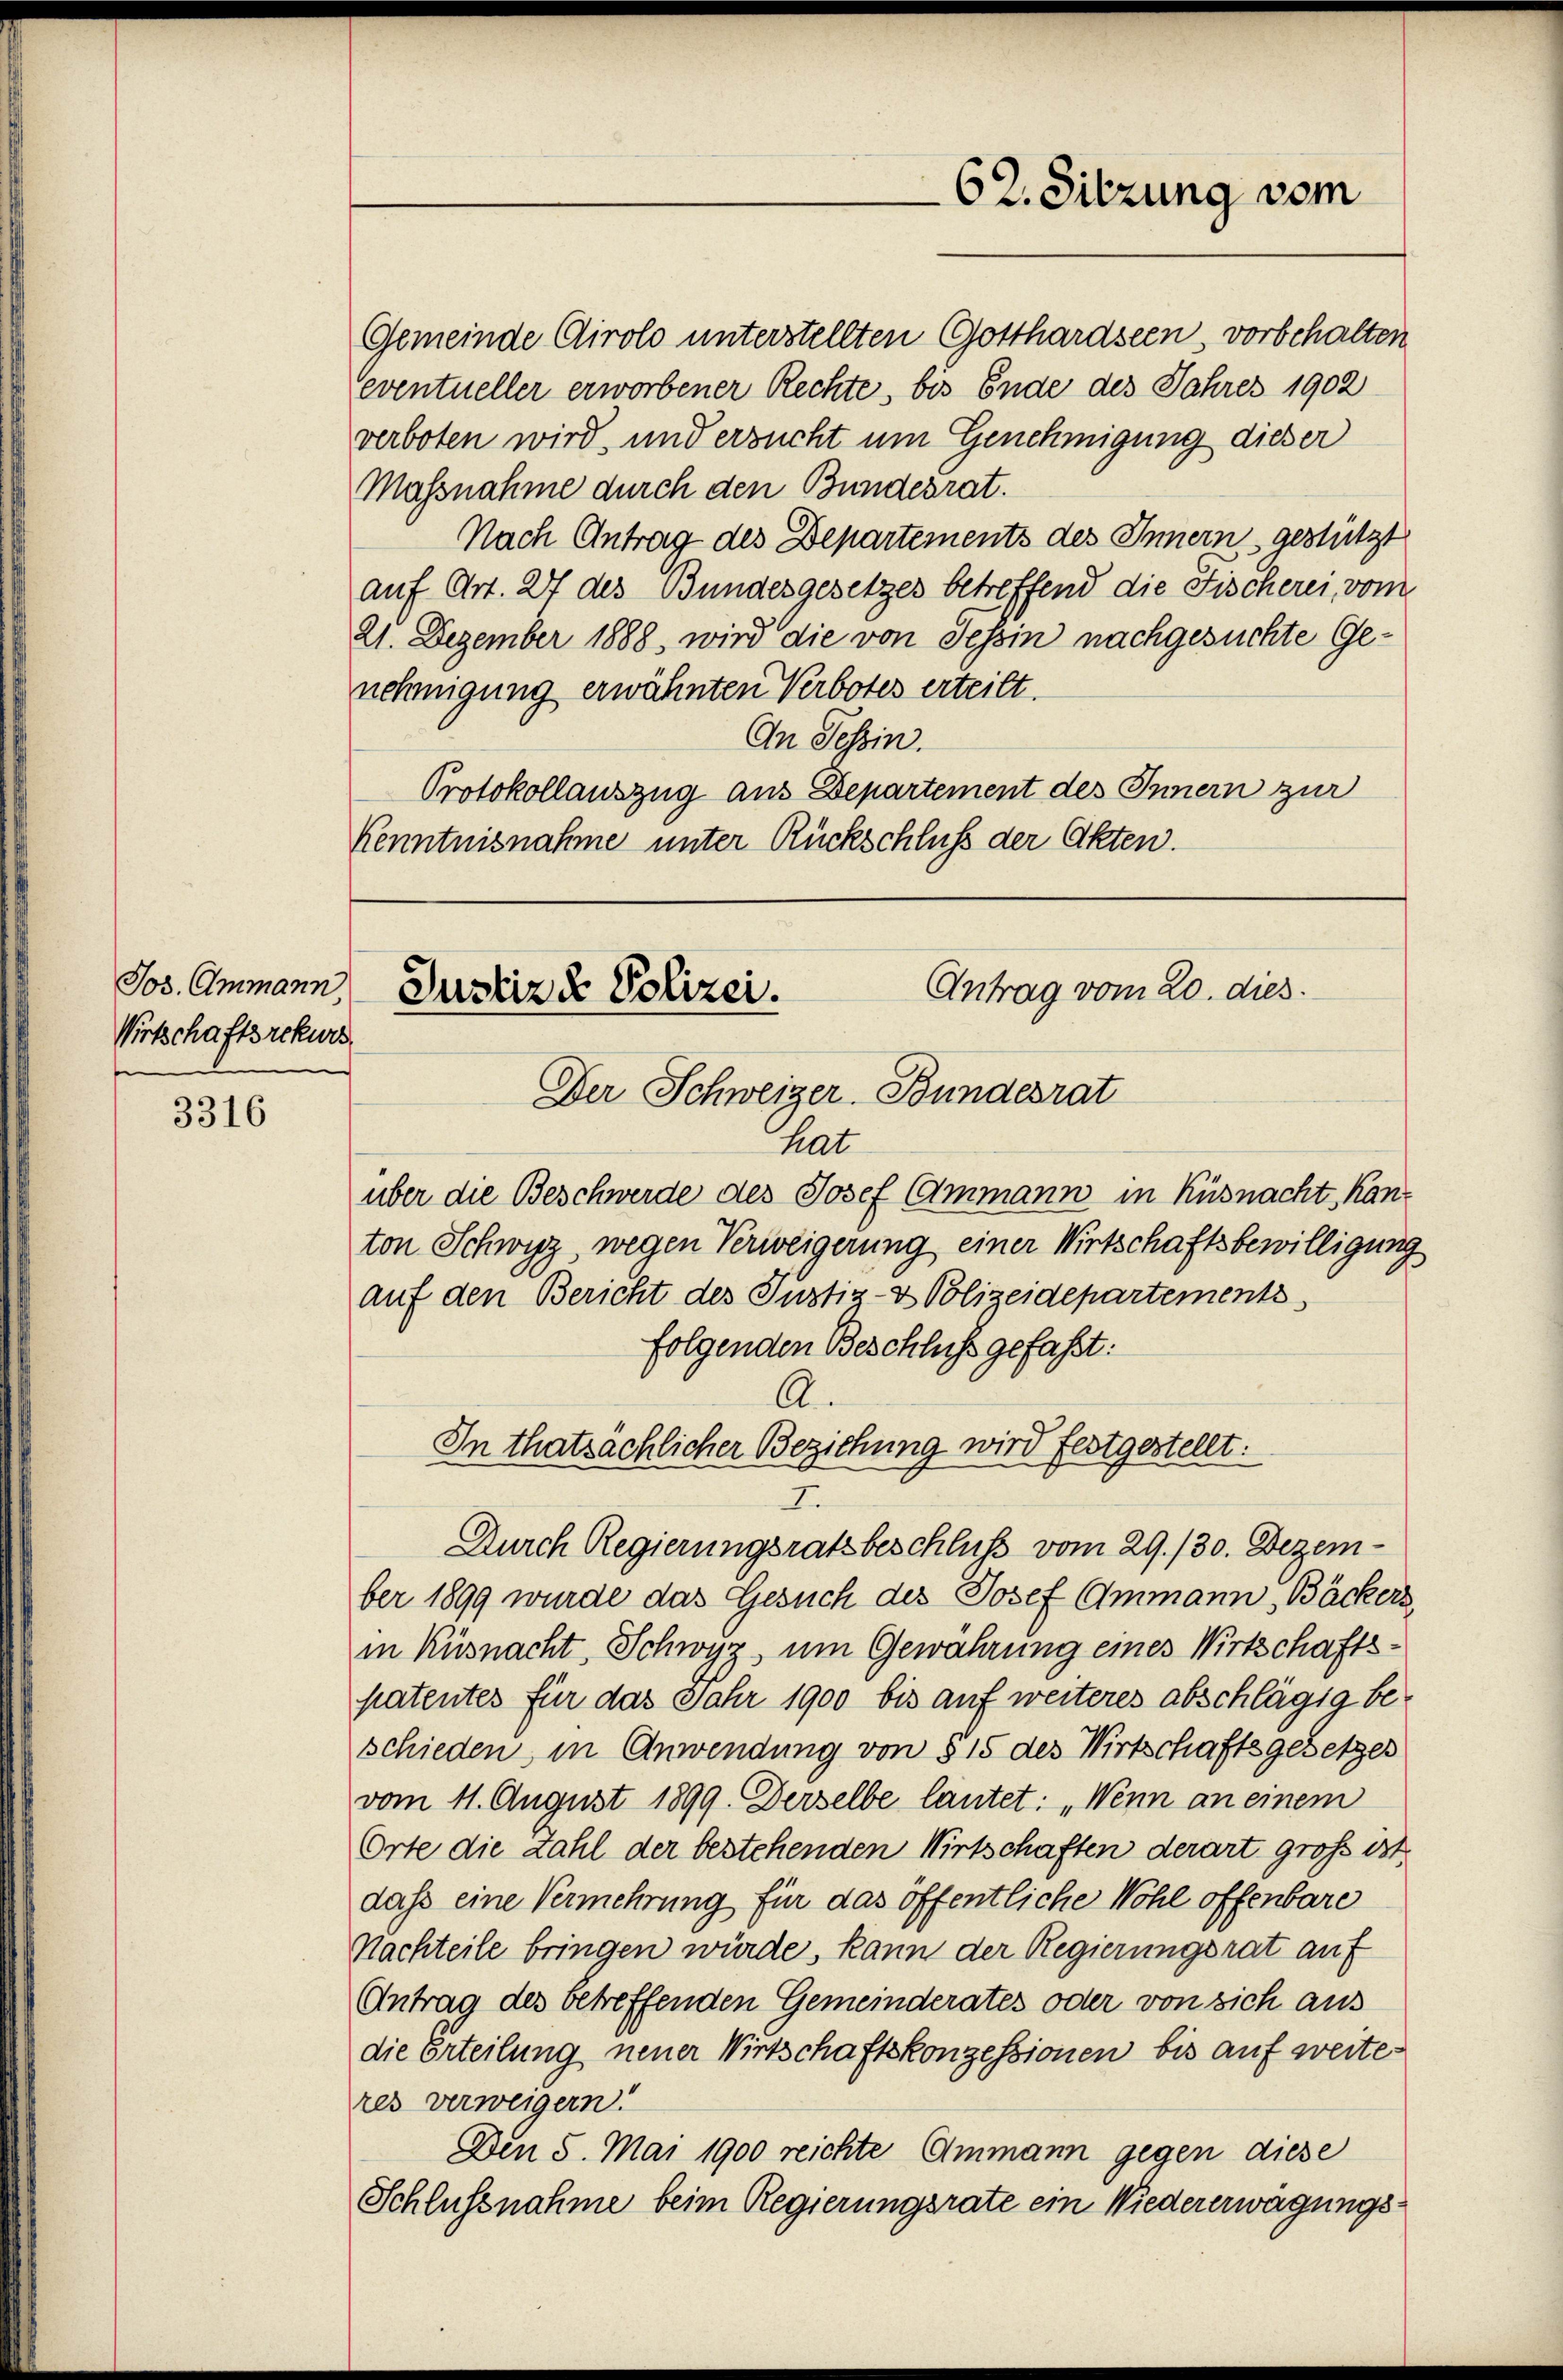
Jos. Ammann
Wirtschaftsrekurs
s

3316

Gemeinde Cirolo unterstellten Gotthardseen, vorbehalten
eventueller erworbener Rechte, bis Ende des Jahres 1902
verboten wird, und ersucht um Genehmigung dieser
Massnahme durch den Bundesrat.
Nach Antrag des Departements des Innern gestützt
auf Art. 27 des Bundesgesetzes betreffend die Fischerei, vom
21. Dezember 1888, wird die von Tessin nachgesuchte Genehmigung erwähnten Verbotes erteilt.
An Tessin.
Protokollauszug aus Departement des Innern zur
Kenntnisnahme unter Rückschluß der Akten.

62. Sitzung vom

Antrag vom 20. dies
Justiz & Polizei.
Der Schweizer-Bundesrat

hat
über die Beschwerde des Josef Ammann in Küsnacht, Kanton Schwyz wegen Verweigerung einer Wirtschaftsbewilligung
auf den Bericht des Justiz- & Polizeidepartements
folgenden Beschluß gefaßt:
A.
In thatsächlicher Beziehung wird festgestellt:
I.
Durch Regierungsratsbeschluß vom 29./30. Dezember 1899 wurde das Gesuch des Josef Ammann, Bäckers,
in Küsnacht, Schwyz um Gewahrung eines Wirtschaftspatentes für das Jahr 1900 bis auf weiteres abschlägig beschieden, in Anwendung von § 15 des Wirtschaftsgesetzes
vom 11. August 1899. Derselbe lautet: „Wenn an einem
Orte die Zahl der bestehenden Wirtschaften derart groß ist
dass eine Vermehrung für das öffentliche Wohl offenbare
Nachteile bringen würde, kann der Regierungsrat auf
Antrag des betreffenden Gemeinderates oder von sich aus
die Erteilung neuer Wirtschaftskonzessionen bis auf weite
res verweigern!
Den 5. Mai 1900 reichte Ammann gegen diese
Schlussnahme beim Regierungsrate ein Wiedererwägungs¬